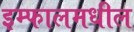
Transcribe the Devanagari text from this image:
इम्फालमधील